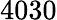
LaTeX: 4030